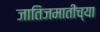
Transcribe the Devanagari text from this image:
जातिजमातींच्या